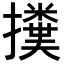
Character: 𢷥